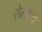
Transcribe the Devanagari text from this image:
रोसाना